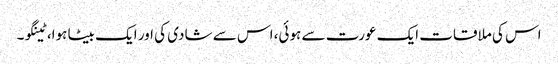
اس کی ملاقات ایک عورت سے ہوئی، اس سے شادی کی اور ایک بیٹا ہوا، ٹینگو۔